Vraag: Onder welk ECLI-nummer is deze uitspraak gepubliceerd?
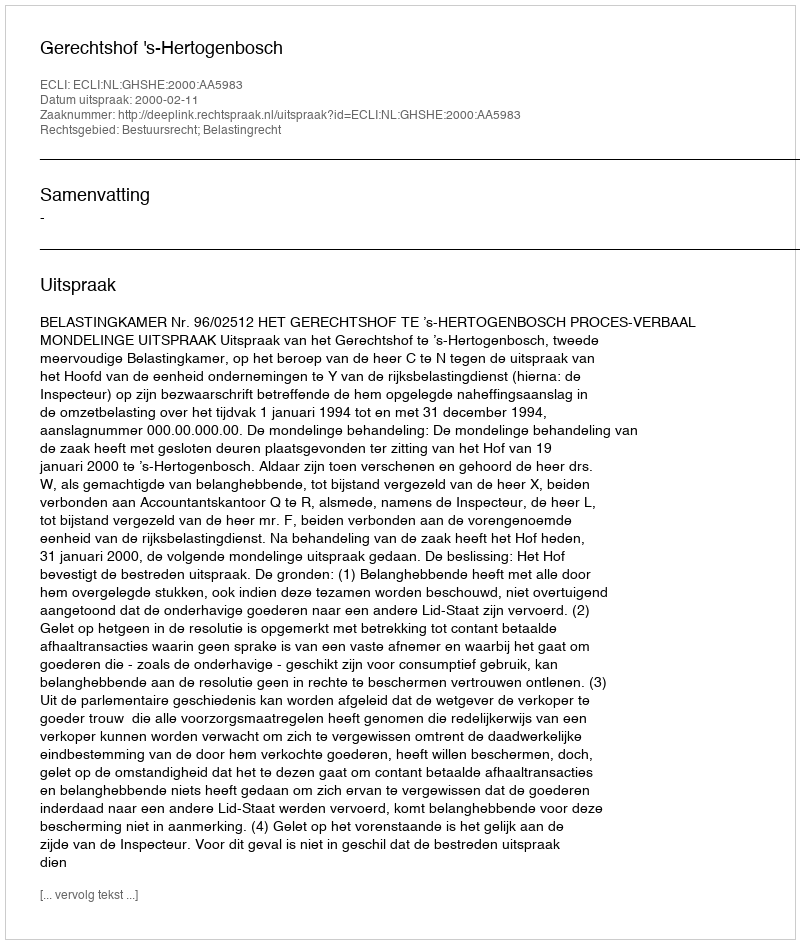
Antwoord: ECLI:NL:GHSHE:2000:AA5983